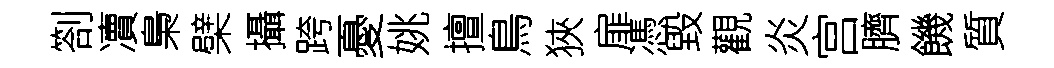
劄凟梟檗攝跨憂姚擅鳥狹扉憑毀觀炎宫臍饑質